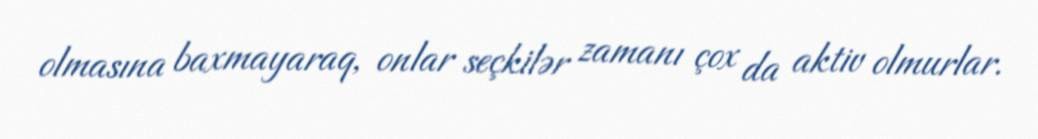
olmasına baxmayaraq, onlar seçkilər zamanı çox da aktiv olmurlar.